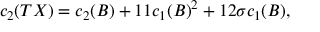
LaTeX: c _ { 2 } ( T X ) = c _ { 2 } ( B ) + 1 1 c _ { 1 } ( B ) ^ { 2 } + 1 2 \sigma c _ { 1 } ( B ) ,